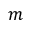
m